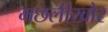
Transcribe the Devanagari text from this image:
मछलीखोर